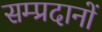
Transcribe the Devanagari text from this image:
सम्प्रदानों